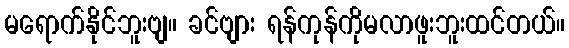
မရောက်နိုင်ဘူးဗျ။ ခင်ဗျား ရန်ကုန်ကိုမလာဖူးဘူးထင်တယ်။